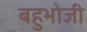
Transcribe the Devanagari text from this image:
बहुभोजी